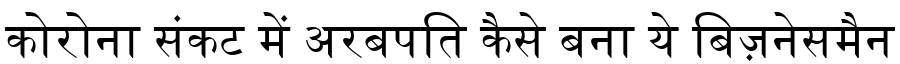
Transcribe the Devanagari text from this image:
कोरोना संकट में अरबपति कैसे बना ये बिज़नेसमैन